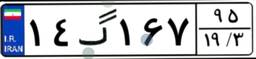
۱۴گ۱۶۷۹۵